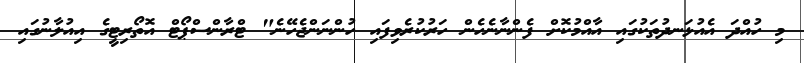
މި ހުއްދަ އެއުޅަނދުތަކުގައި އާއްމުކޮށް ފެންނާނެހެން ހަރުކުރެވިފައި ހުންނަންޖެހޭނެ" ޓްރާންސްޕޯޓް އޮތޯރިޓީގެ އިއުލާނުގައި